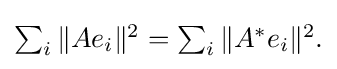
{\textstyle \sum _{i}\|Ae_{i}\|^{2}=\sum _{i}\|A^{*}e_{i}\|^{2}.}